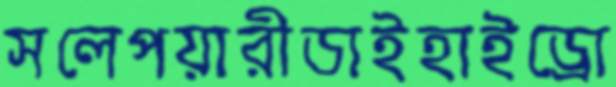
সলেপয়ারীডাইহাইড্রো